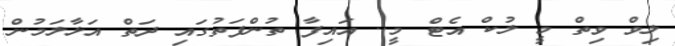
ލިވް ވިތް މީ ލުކް އެޓް މީ.. އައިފާ ތުންފަތުގައި ދަތް އަޅާލަމުން